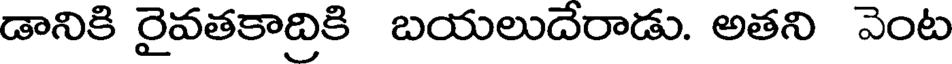
డానికి రైవతకాద్రికి బయలుదేరాడు. అతని వెంట